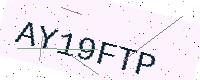
Text: AY19FTP